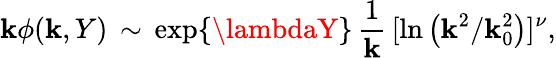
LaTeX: \mathbf{k}\phi(\mathbf{k},Y)\, \sim\, \exp\{ \lambdaY\} \, {\frac{{1}}{{\mathbf{k}}}}\, [\ln\left({\mathbf{k}^{2}}/{\mathbf{k}_{0}^{2}}\right)]^{\nu},